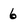
Character: 6